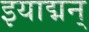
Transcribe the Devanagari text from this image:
इयाद्मन्